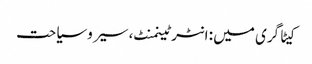
کیٹاگری میں : انٹرٹینمنٹ، سیر و سیاحت